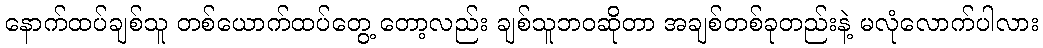
နောက်ထပ်ချစ်သူ တစ်ယောက်ထပ်တွေ့ တော့လည်း ချစ်သူဘဝဆိုတာ အချစ်တစ်ခုတည်းနဲ့ မလုံလောက်ပါလား